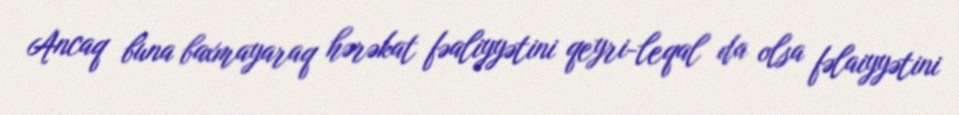
Ancaq buna baxmayaraq hərəkat fəaliyyətini qeyri-leqal da olsa fəlaiyyətini